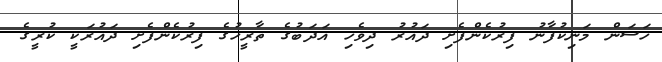
ހަސަން މަނިކުފާނު ފިރުކެންފެށި ދައުރު ދިވެހި އަދަބުގެ ތާރީހުގެ ފިރުކެންފެށި ދައުރަކީ ކުރީގެ